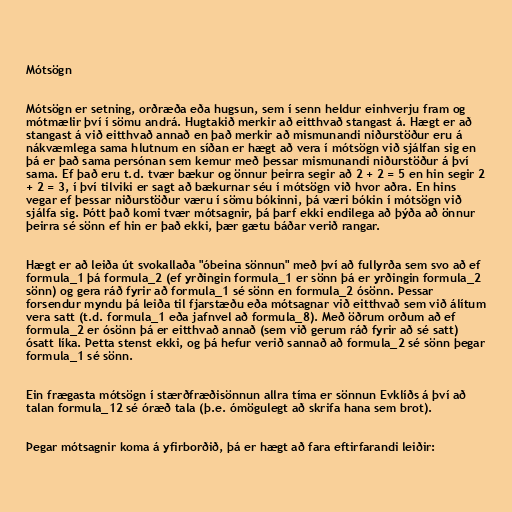
Mótsögn

Mótsögn er setning, orðræða eða hugsun, sem í senn heldur einhverju fram og
mótmælir því í sömu andrá. Hugtakið merkir að eitthvað stangast á. Hægt er að
stangast á við eitthvað annað en það merkir að mismunandi niðurstöður eru á
nákvæmlega sama hlutnum en síðan er hægt að vera í mótsögn við sjálfan sig en
þá er það sama persónan sem kemur með þessar mismunandi niðurstöður á því
sama. Ef það eru t.d. tvær bækur og önnur þeirra segir að 2 + 2 = 5 en hin segir 2
+ 2 = 3, í því tilviki er sagt að bækurnar séu í mótsögn við hvor aðra. En hins
vegar ef þessar niðurstöður væru í sömu bókinni, þá væri bókin í mótsögn við
sjálfa sig. Þótt það komi tvær mótsagnir, þá þarf ekki endilega að þýða að önnur
þeirra sé sönn ef hin er það ekki, þær gætu báðar verið rangar.

Hægt er að leiða út svokallaða "óbeina sönnun" með því að fullyrða sem svo að ef
formula_1 þá formula_2 (ef yrðingin formula_1 er sönn þá er yrðingin formula_2
sönn) og gera ráð fyrir að formula_1 sé sönn en formula_2 ósönn. Þessar
forsendur myndu þá leiða til fjarstæðu eða mótsagnar við eitthvað sem við álítum
vera satt (t.d. formula_1 eða jafnvel að formula_8). Með öðrum orðum að ef
formula_2 er ósönn þá er eitthvað annað (sem við gerum ráð fyrir að sé satt)
ósatt líka. Þetta stenst ekki, og þá hefur verið sannað að formula_2 sé sönn þegar
formula_1 sé sönn.

Ein frægasta mótsögn í stærðfræðisönnun allra tíma er sönnun Evklíðs á því að
talan formula_12 sé óræð tala (þ.e. ómögulegt að skrifa hana sem brot).

Þegar mótsagnir koma á yfirborðið, þá er hægt að fara eftirfarandi leiðir: